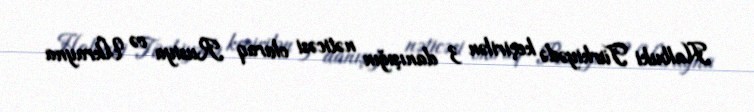
Halbuki Türkiyədə keçirilən 3 danışığın nəticəsi olaraq Rusiya və Ukrayna